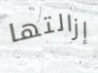
إزالتها